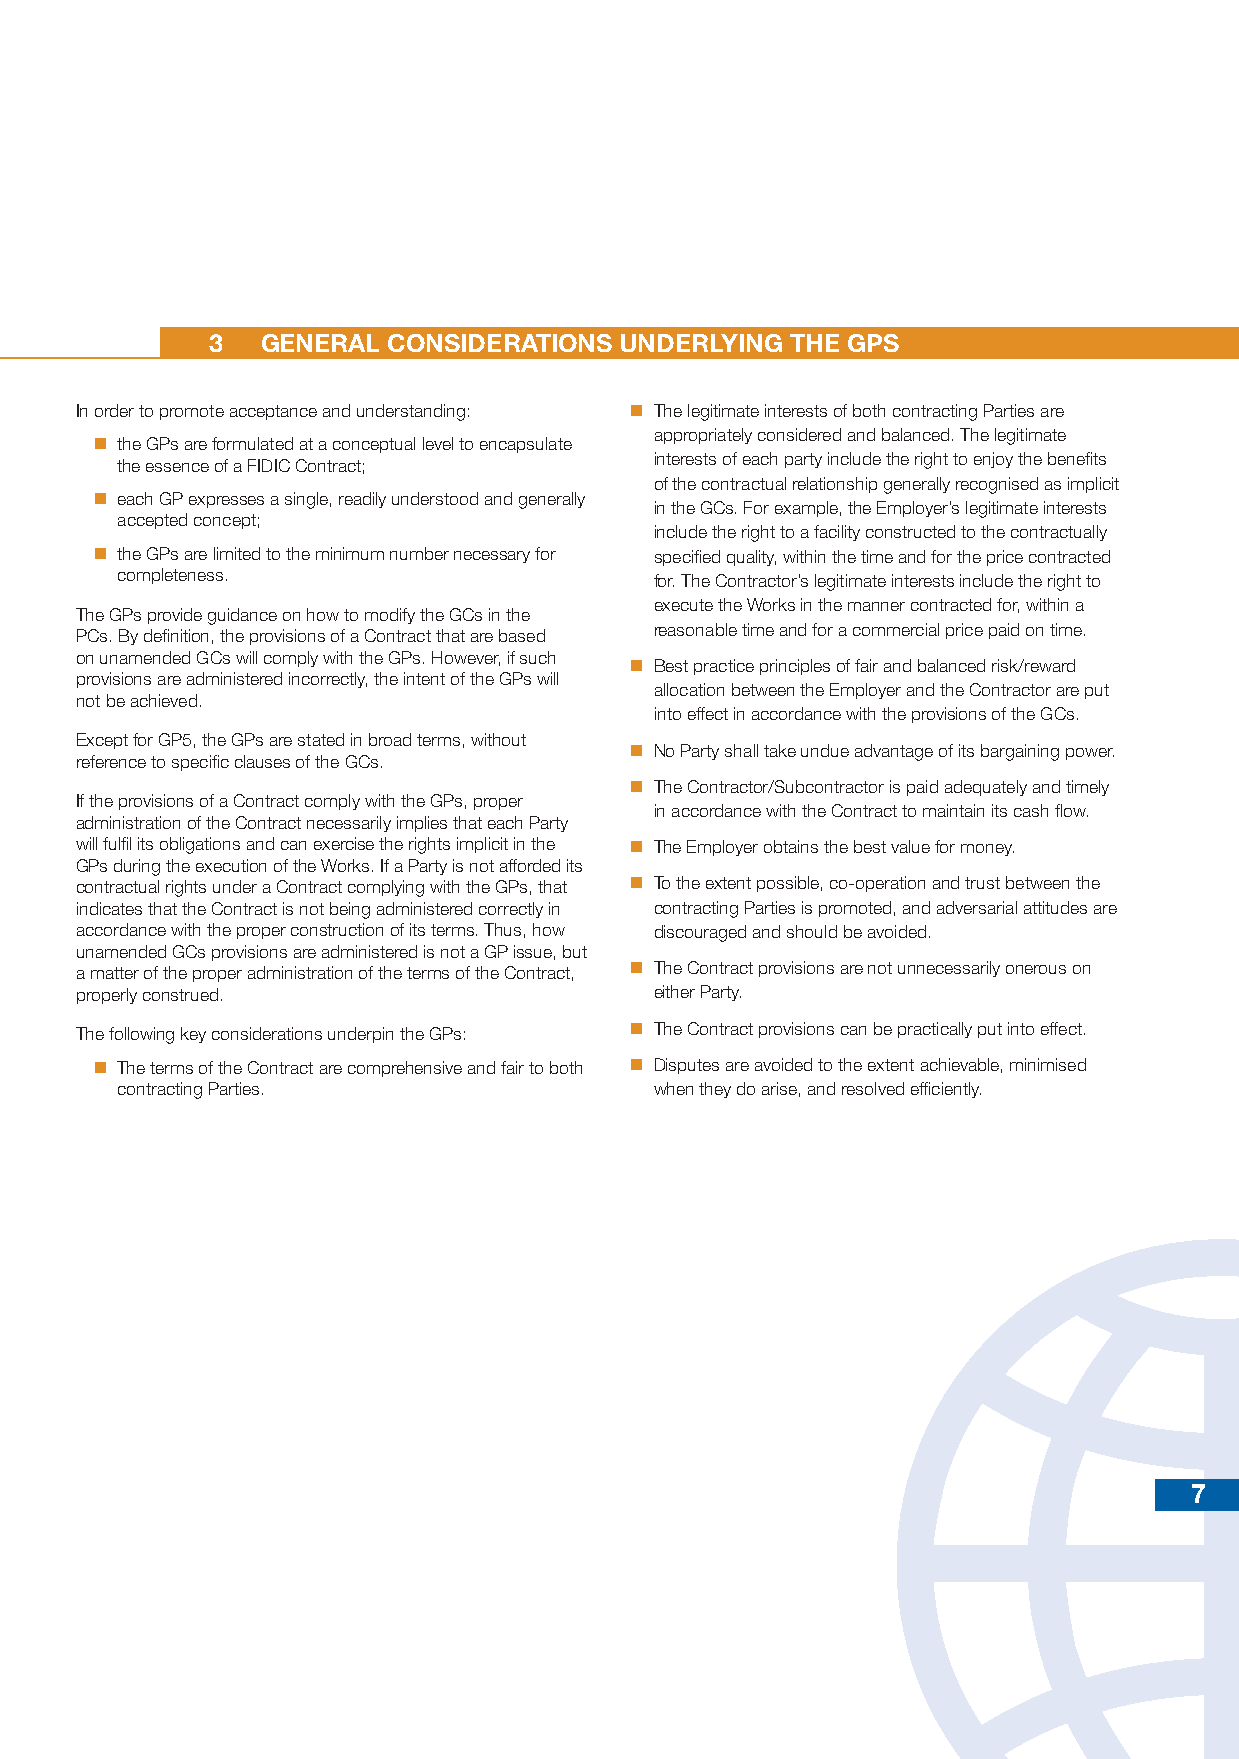
3  GENERAL CONSIDERATIONS  UNDERLYING THE GPS
 In order to promote acceptance and understanding:  The legitimate interests of both contracting Parties are
 appropriately considered and balanced. The legitimate
  the GPs are formulated at a conceptual level to encapsulate
 interests of each party include the right to enjoy the benefits
 the essence of a FIDIC Contract;
 of the contractual relationship generally recognised as implicit
  each GP expresses a single, readily understood and generally
 in the GCs. For example, the Employer’s legitimate interests
 accepted concept;
 include the right to a facility constructed to the contractually
  the GPs are limited to the minimum number necessary for specified quality, within the time and for the price contracted
 completeness.                      for. The Contractor’s legitimate interests include the right to
 execute the Works in the manner contracted for, within a
 The GPs provide guidance on how to modify the GCs in the
 reasonable time and for a commercial price paid on time.
 PCs. By definition, the provisions of a Contract that are based
 on unamended GCs will comply with the GPs. However, if such
  Best practice principles of fair and balanced risk/reward
 provisions are administered incorrectly, the intent of the GPs will
 allocation between the Employer and the Contractor are put
 not be achieved.
 into effect in accordance with the provisions of the GCs.
 Except for GP5, the GPs are stated in broad terms, without
  No Party shall take undue advantage of its bargaining power.
 reference to specific clauses of the GCs.
  The Contractor/Subcontractor is paid adequately and timely
 If the provisions of a Contract comply with the GPs, proper
 in accordance with the Contract to maintain its cash flow.
 administration of the Contract necessarily implies that each Party
 will fulfil its obligations and can exercise the rights implicit in the  The Employer obtains the best value for money.
 GPs during the execution of the Works. If a Party is not afforded its
 contractual rights under a Contract complying with the GPs, that  To the extent possible, co-operation and trust between the
 indicates that the Contract is not being administered correctly in contracting Parties is promoted, and adversarial attitudes are
 accordance with the proper construction of its terms. Thus, how discouraged and should be avoided.
 unamended GCs provisions are administered is not a GP issue, but
 a matter of the proper administration of the terms of the Contract,  The Contract provisions are not unnecessarily onerous on
 properly construed.                   either Party.
 The following key considerations underpin the GPs:  The Contract provisions can be practically put into effect.
  The terms of the Contract are comprehensive and fair to both  Disputes are avoided to the extent achievable, minimised
 contracting Parties.               when they do arise, and resolved efficiently.
 7
 2019 golden principles.indd 7                                           07.06.2019 14:49:15